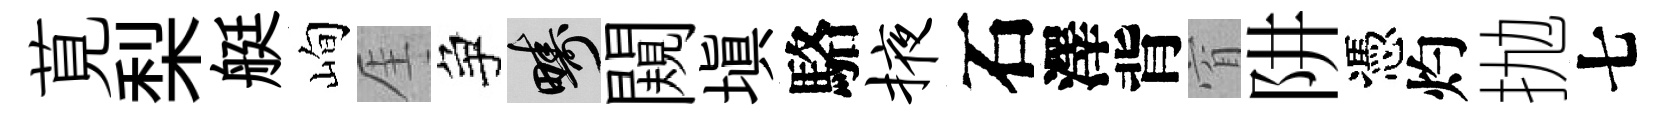
莧梨艇峋厓争疇闚塡駱掖石澤背窅阱憑灼抛七